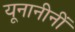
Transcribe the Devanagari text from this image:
यूनानीनीं